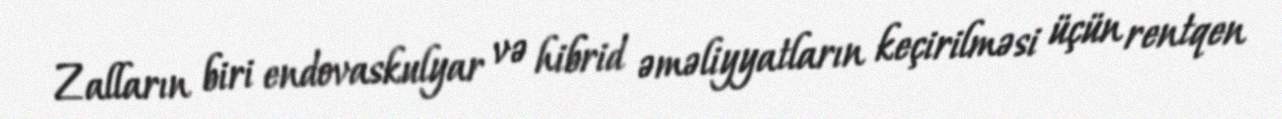
Zalların biri endovaskulyar və hibrid əməliyyatların keçirilməsi üçün rentqen